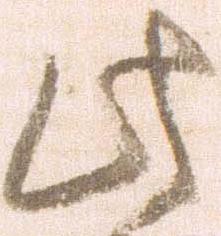
此